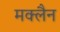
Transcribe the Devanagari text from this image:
मक्लैन